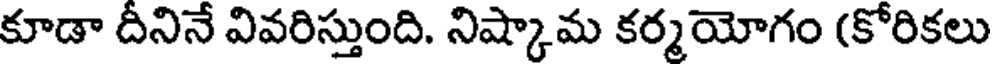
కూడా దీనినే వివరిస్తుంది. నిష్కామ కర్మయోగం (కోరికలు